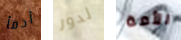
أدفأ لدور الأمة